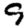
Digit: 9